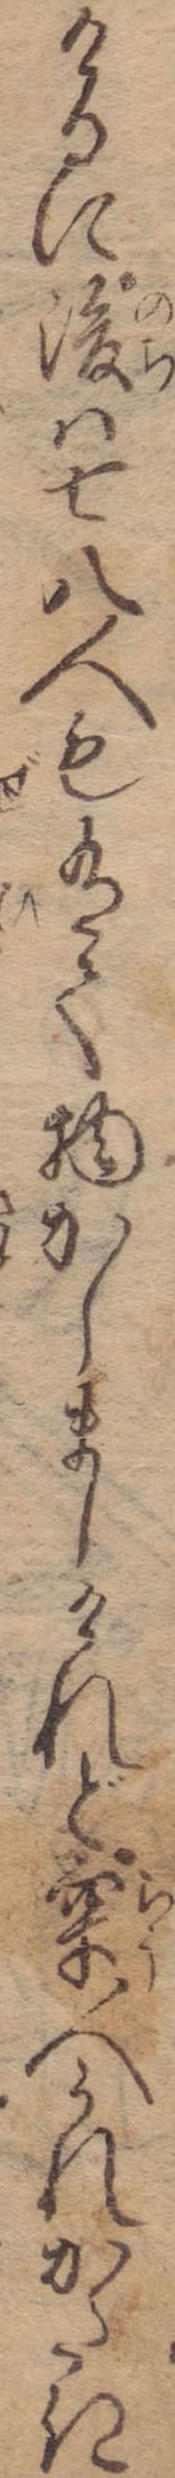
けるに後は七八人も有て物かしましけれど牢人うれかたき